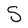
Character: S